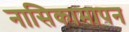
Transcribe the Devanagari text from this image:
नासिकामापन